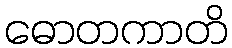
ဓောတကာတိ